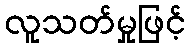
လူသတ်မှုဖြင့်